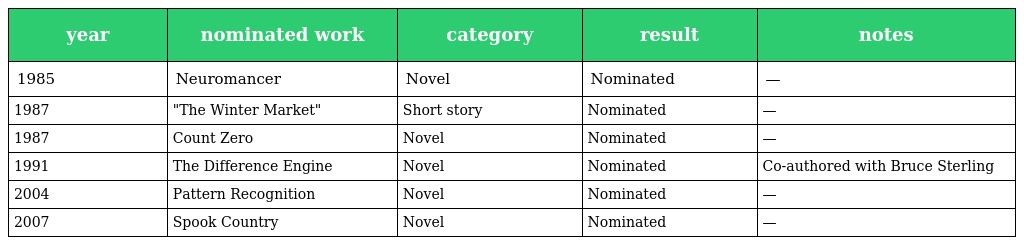
| year | nominated work | category | result | notes |
 | --- | --- | --- | --- | --- |
 | 1985 | Neuromancer | Novel | Nominated | — |
 | 1987 | "The Winter Market" | Short story | Nominated | — |
 | 1987 | Count Zero | Novel | Nominated | — |
 | 1991 | The Difference Engine | Novel | Nominated | Co-authored with Bruce Sterling |
 | 2004 | Pattern Recognition | Novel | Nominated | — |
 | 2007 | Spook Country | Novel | Nominated | — |